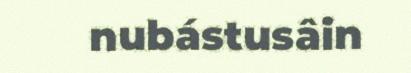
nubástusâin